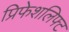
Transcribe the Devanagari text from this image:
प्रिफेशलिफ्ट